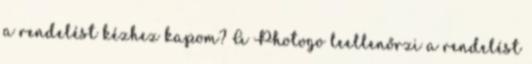
a rendelést kézhez kapom? A Photogo leellenőrzi a rendelést